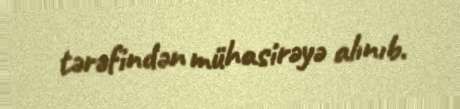
tərəfindən mühasirəyə alınıb.